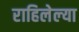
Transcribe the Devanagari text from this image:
राहिलेल्‍या